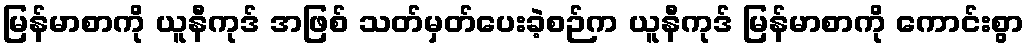
မြန်မာစာကို ယူနီကုဒ် အဖြစ် သတ်မှတ်ပေးခဲ့စဉ်က ယူနီကုဒ် မြန်မာစာကို ကောင်းစွာ